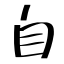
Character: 自